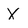
Character: X